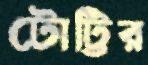
টোট্টির